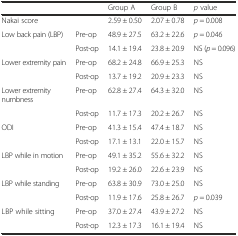
<table><thead><tr><td></td><td></td><td><b>Group A</b></td><td><b>Group B</b></td><td><b><i>p</i> value</b></td></tr></thead><tbody><tr><td>Nakai score</td><td></td><td>2.59 ± 0.50</td><td>2.07 ± 0.78</td><td><i>p</i> = 0.008</td></tr><tr><td>Low back pain (LBP)</td><td>Pre-op</td><td>48.9 ± 27.5</td><td>63.2 ± 22.6</td><td><i>p</i> = 0.046</td></tr><tr><td></td><td>Post-op</td><td>14.1 ± 19.4</td><td>23.8 ± 20.9</td><td>NS (<i>p</i> = 0.096)</td></tr><tr><td>Lower extremity pain</td><td>Pre-op</td><td>68.2 ± 24.8</td><td>66.9 ± 25.3</td><td>NS</td></tr><tr><td></td><td>Post-op</td><td>13.7 ± 19.2</td><td>20.9 ± 23.3</td><td>NS</td></tr><tr><td>Lower extremity numbness</td><td>Pre-op</td><td>62.8 ± 27.4</td><td>64.3 ± 32.0</td><td>NS</td></tr><tr><td></td><td>Post-op</td><td>11.7 ± 17.3</td><td>20.2 ± 26.7</td><td>NS</td></tr><tr><td>ODI</td><td>Pre-op</td><td>41.3 ± 15.4</td><td>47.4 ± 18.7</td><td>NS</td></tr><tr><td></td><td>Post-op</td><td>17.1 ± 13.1</td><td>22.0 ± 15.7</td><td>NS</td></tr><tr><td>LBP while in motion</td><td>Pre-op</td><td>49.1 ± 35.2</td><td>55.6 ± 32.2</td><td>NS</td></tr><tr><td></td><td>Post-op</td><td>19.2 ± 26.0</td><td>22.6 ± 23.9</td><td>NS</td></tr><tr><td>LBP while standing</td><td>Pre-op</td><td>63.8 ± 30.9</td><td>73.0 ± 25.0</td><td>NS</td></tr><tr><td></td><td>Post-op</td><td>11.9 ± 17.6</td><td>25.8 ± 26.7</td><td><i>p</i> = 0.039</td></tr><tr><td>LBP while sitting</td><td>Pre-op</td><td>37.0 ± 27.4</td><td>43.9 ± 27.2</td><td>NS</td></tr><tr><td></td><td>Post-op</td><td>12.3 ± 17.3</td><td>16.1 ± 19.4</td><td>NS</td></tr></tbody></table>